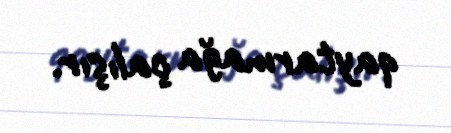
qaytarmağa çalışır.